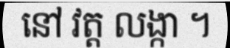
នៅ វត្ត លង្កា ។